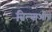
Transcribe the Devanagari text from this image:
बिल्बाओचे